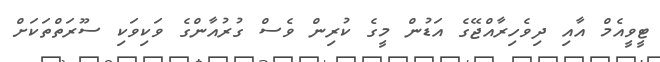
ޓީވީއެމް އާއި ދިވެހިރާއްޖޭގެ އަޑުން މީގެ ކުރިން ވެސް ގުރުއާންގެ ވަކިވަކި ސޫރަތްތަކަށް